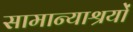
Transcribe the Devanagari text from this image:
सामान्याश्रयों